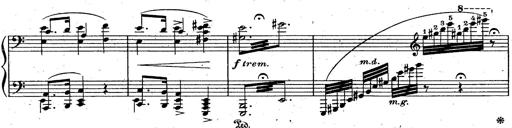
Title: God Save the Queen
Composer: Charles LÃ©on Hess
Key: A major